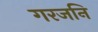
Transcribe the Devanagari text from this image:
गरजनि